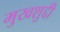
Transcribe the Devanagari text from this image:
मुखशुद्दी